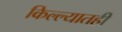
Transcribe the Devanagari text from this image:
किल्ल्यातही